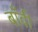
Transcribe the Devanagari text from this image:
बाँवी